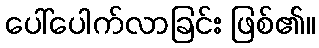
ပေါ်ပေါက်လာခြင်း ဖြစ်၏။